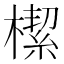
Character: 𣚃